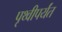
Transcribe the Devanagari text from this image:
पृथ्वीपर्यंत